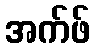
အက်ဖ်